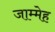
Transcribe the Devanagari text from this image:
जाम्मेह